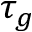
\tau _ { g }